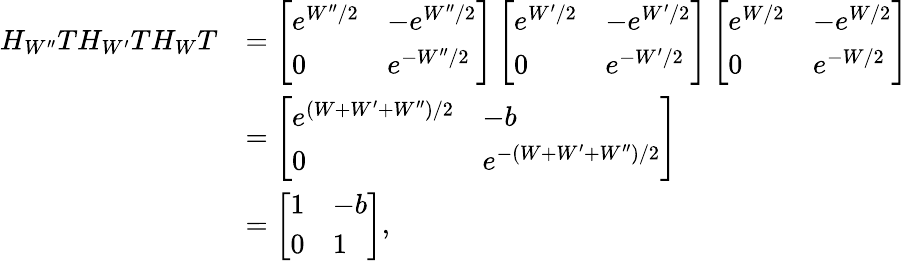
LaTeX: \begin{array}{rl}{H_{W^{\prime\prime}}TH_{W^{\prime}}TH_{W}T}&{=\left[\begin{array}{ll}{e^{W^{\prime\prime}/2}}&{-e^{W^{\prime\prime}/2}}\\ {0}&{e^{-W^{\prime\prime}/2}}\end{array}\right]\left[\begin{array}{ll}{e^{W^{\prime}/2}}&{-e^{W^{\prime}/2}}\\ {0}&{e^{-W^{\prime}/2}}\end{array}\right]\left[\begin{array}{ll}{e^{W/2}}&{-e^{W/2}}\\ {0}&{e^{-W/2}}\end{array}\right]}\\ &{=\left[\begin{array}{ll}{e^{(W+W^{\prime}+W^{\prime\prime})/2}}&{-b}\\ {0}&{e^{-(W+W^{\prime}+W^{\prime\prime})/2}}\end{array}\right]}\\ &{=\left[\begin{array}{ll}{1}&{-b}\\ {0}&{1}\end{array}\right],}\end{array}